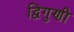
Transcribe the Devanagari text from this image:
द्विगुणी